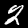
Digit: 2